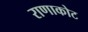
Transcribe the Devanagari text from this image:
राणाकोट